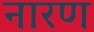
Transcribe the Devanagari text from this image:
नारण